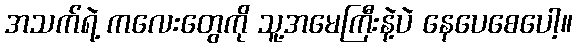
အသက်ရဲ့ ကလေးတွေကို သူ့အမေကြီးနဲ့ပဲ နေပေစေပေါ့။